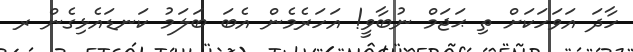
ހާދަ އަވަހަކަށް ތި ޙަޖަމް ނުބާވީ! އަހަރެމެން އެބަ ބަލަމު ކަނޑައެޅިގެން ރ